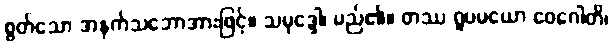
စွတ်သော အနက်သဘောအားဖြင့်။ သမုဒ္ဒေါ၊ မည်၏။ တဿ ရူပမယော ဝေဂေါတိ၊